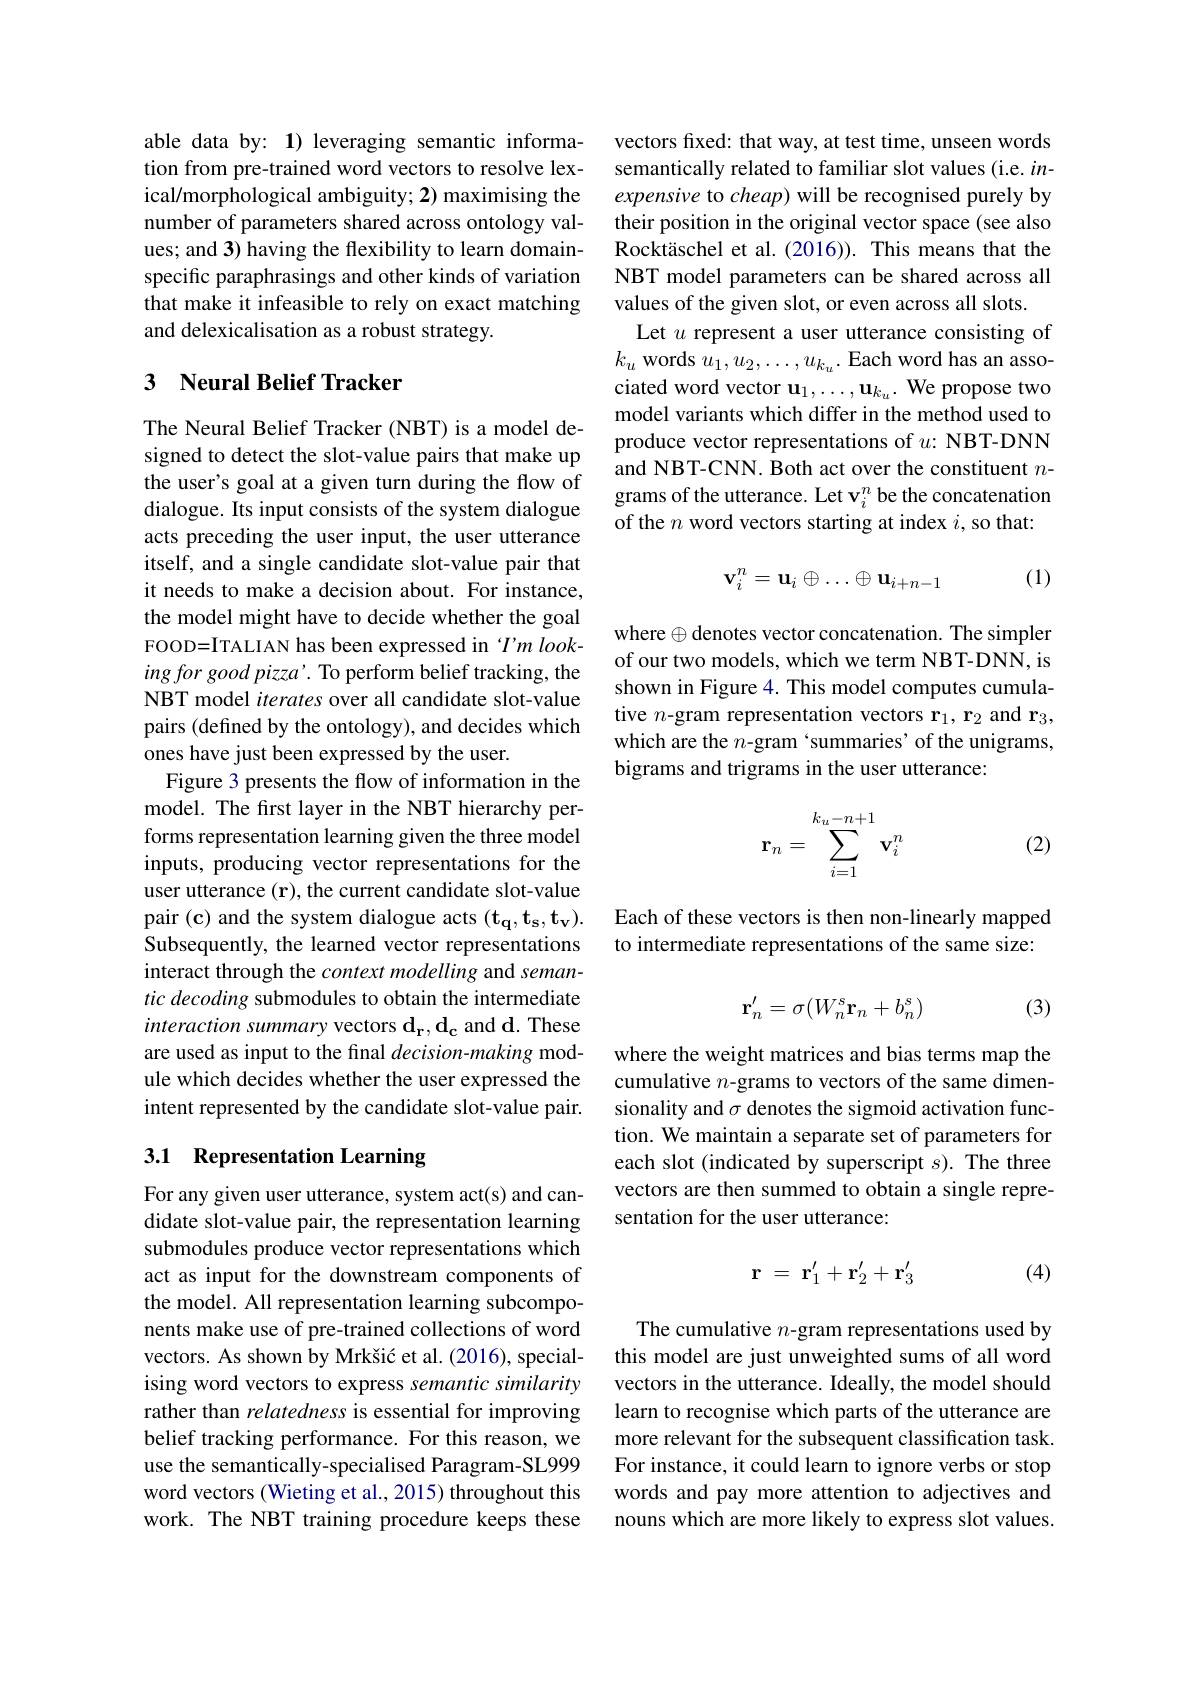
able data by: 1) leveraging semantic information from pre-trained word vectors to resolve lexical/morphological ambiguity; 2) maximising the number of parameters shared across ontology values; and 3) having the flexibility to learn domainspecific paraphrasings and other kinds of variation that make it infeasible to rely on exact matching and delexicalisation as a robust strategy.

## 3 Neural Belief Tracker

The Neural Belief Tracker (NBT) is a model designed to detect the slot-value pairs that make up the user's goal at a given turn during the flow of dialogue. Its input consists of the system dialogue acts preceding the user input, the user utterance itself, and a single candidate slot-value pair that it needs to make a decision about. For instance, the model might have to decide whether the goal FOOD=ITALIAN has been expressed in $Tm$ look- $ingforgoodpizza’.$ To perform belief tracking, the NBT model iterates over all candidate slot-value pairs (defined by the ontology), and decides which ones have just been expressed by the user.
Figure 3 presents the flow of information in the model. The first layer in the NBT hierarchy performs representation learning given the three model inputs, producing vector representations for the user utterance $(\mathbf{r})$, the current candidate slot-value pair (c) and the system dialogue acts $(\mathbf{t_q,t_s,t_v}).$ Subsequently, the learned vector representations interact through the context modelling and semantic decoding submodules to obtain the intermediate interaction summary vectors $\mathbf{d_r,d_c}$ and d. These are used as input to the final decision-making module which decides whether the user expressed the intent represented by the candidate slot-value pair.

## 3.1 Representation Learning

For any given user utterance, system act(s) and candidate slot-value pair, the representation learning submodules produce vector representations which act as input for the downstream components of the model. All representation learning subcomponents make use of pre-trained collections of word vectors. As shown by Mrkšić et al. (2016), specialising word vectors to express semantic similarity rather than relatedness is essential for improving belief tracking performance. For this reason, we use the semantically-specialised Paragram-SL999 word vectors (Wieting et al., 2015) throughout this work. The NBT training procedure keeps these

vectors fixed: that way, at test time, unseen words semantically related to familiar slot values (i.e. $in-$ expensive to cheap) will be recognised purely by their position in the original vector space (see also Rocktäschel et al.(2016)). This means that the NBT model parameters can be shared across all values of the given slot, or even across all slots.
Let $u$ represent a user utterance consisting of $k_u$ words $u_1,u_2,\ldots,u_{k_u}.$ Each word has an associated word vector $\mathbf{u}_1,\ldots,\mathbf{u}_{k_u}.$ We propose two model variants which differ in the method used to produce vector representations of $u{:}$ NBT-DNN and NBT-CNN. Both act over the constituent $n$- grams of the utterance. Let v$_i^n$ be the concatenation of the $n$ word vectors starting at index $i$,so that:

(1)
$$\mathbf{v}_i^n=\mathbf{u}_i\oplus\ldots\oplus\mathbf{u}_{i+n-1}$$
where $\oplus$denotes vector concatenation. The simpler of our two models, which we term NBT-DNN, is shown in Figure 4. This model computes cumulative $n$-gram representation vectors r$_1,\textbf{r}_2$ and r$_3$, which are the $n$-gram‘summaries’of the unigrams, bigrams and trigrams in the user utterance:
$$\mathbf{r}_n=\sum_{i=1}^{k_u-n+1}\mathbf{v}_i^n$$
(2)

Each of these vectors is then non-linearly mapped to intermediate representations of the same size:

(3)
$$\mathbf{r}_n'=\sigma(W_n^s\mathbf{r}_n+b_n^s)$$
where the weight matrices and bias terms map the cumulative $n$-grams to vectors of the same dimensionality and $\sigma$ denotes the sigmoid activation function. We maintain a separate set of parameters for each slot (indicated by superscript $s).$ The three vectors are then summed to obtain a single representation for the user utterance:
$$\textbf{r}=\textbf{r}_1'+\textbf{r}_2'+\textbf{r}_3'$$
(4)

The cumulative $n$-gram representations used by this model are just unweighted sums of all word vectors in the utterance. Ideally, the model should learn to recognise which parts of the utterance are more relevant for the subsequent classification task. For instance, it could learn to ignore verbs or stop words and pay more attention to adjectives and nouns which are more likely to express slot values.